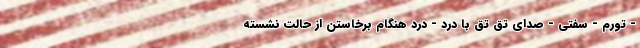
- تورم - سفتی - صدای تق تق با درد - درد هنگام برخاستن از حالت نشسته